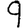
Digit: 9